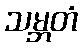
သမ္ဘတံ